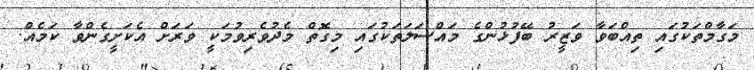
މަގާމްތަކުގައި ތިއްބަވާ ވަޒީރު ބޭފުޅުންގެ މައްސަލަތަކުގައި މިގޮތް މެދުވެރިވުމަކީ ވަރަށް އެކަށީގެންވާ ކަމެއް.